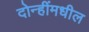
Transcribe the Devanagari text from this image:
दोन्हींमधील